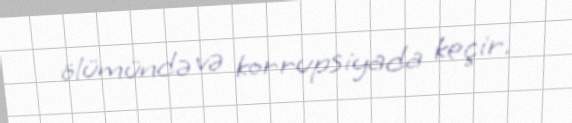
ölümündə və korrupsiyada keçir.